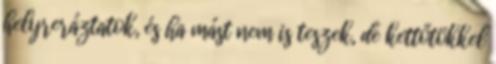
helyreráztatok, és ha mást nem is teszek, de kettőtökkel